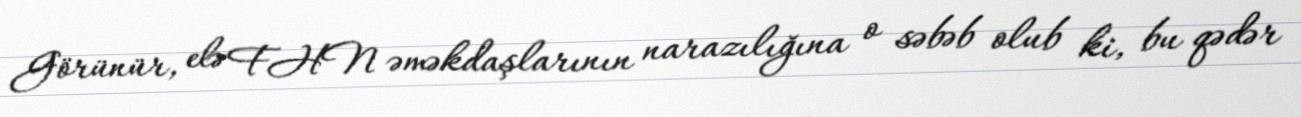
Görünür, elə FHN əməkdaşlarının narazılığına o səbəb olub ki, bu qədər